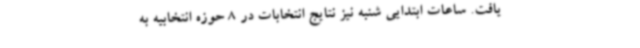
یافت. ساعات ابتدایی شنبه نیز نتایج انتخابات در 8 حوزه انتخابیه به